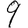
Digit: 9